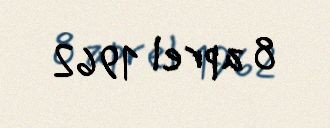
8 aprel 1962